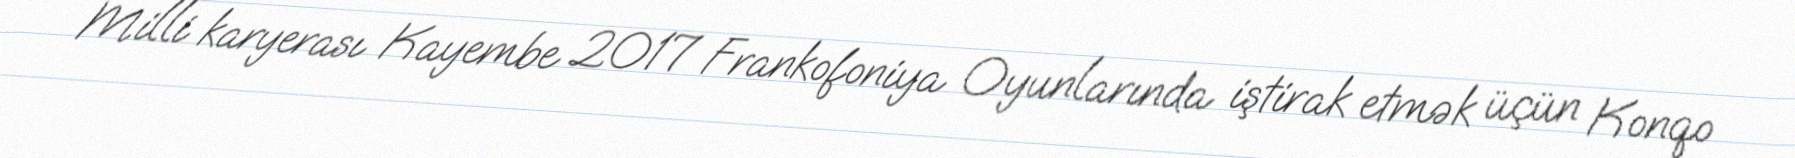
Milli karyerası Kayembe 2017 Frankofoniya Oyunlarında iştirak etmək üçün Konqo